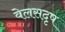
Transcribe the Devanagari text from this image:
वेलसदृष